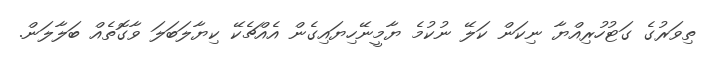
ތިވަރުގެ ގަޓުހުރިއްޔާ ނިކަން ކަލޭ ނުކުމެ ޔާމީނޭހިޔައިގެން އެއްޗެކޭ ކިޔާލަބަލަ ވާގޮތެއް ބަލާލަން.